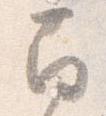
南